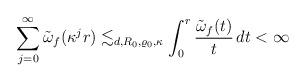
LaTeX: \begin{align*}\sum_{j=0}^\infty \tilde{\omega}_{f}(\kappa^j r)\lesssim_{d ,R_0, \varrho_0, \kappa} \int_0^{r} \frac{\tilde{\omega}_{f}(t)}{t}\,dt <\infty\end{align*}